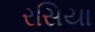
રસિયા